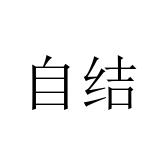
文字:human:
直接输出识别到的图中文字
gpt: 自结